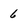
Character: 6